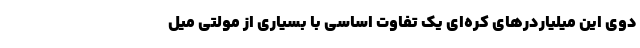
دوی این میلیاردر‌های کره‌ای یک تفاوت اساسی با بسیاری از مولتی میل